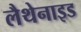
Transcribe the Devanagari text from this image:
लैथेनाइड